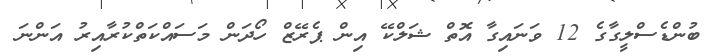
ބުންޑެސްލީގާގެ 12 ވަނައިގާ އޮތް ޝަލްކޭ އިން ޕެރޭޒް ހޯދަން މަސައްކަތްކުރާއިރު އަންނަ